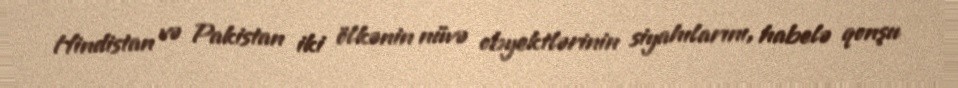
Hindistan və Pakistan iki ölkənin nüvə obyektlərinin siyahılarını, habelə qonşu